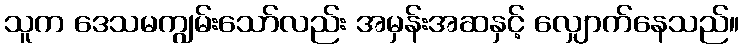
သူက ဒေသမကျွမ်းသော်လည်း အမှန်းအဆနှင့် လျှောက်နေသည်။